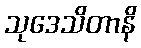
သုဒေသိတာနိ